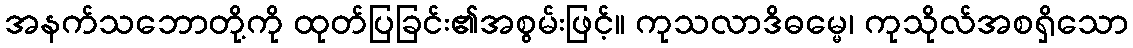
အနက်သဘောတို့ကို ထုတ်ပြခြင်း၏အစွမ်းဖြင့်။ ကုသလာဒိဓမ္မေ၊ ကုသိုလ်အစရှိသော